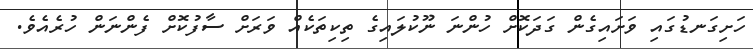
ހަށިގަނޑުގައި ވަށައިގެން ގަދަކޮށް ހުންނަ ނޫކުލައިގެ ތިކިތަކެއް ވަރަށް ސާފުކޮށް ފެންނަން ހުރެއެވެ.